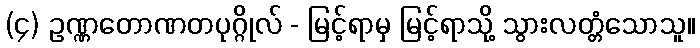
(၄) ဥဏ္ဏတောဏတပုဂ္ဂိုလ် - မြင့်ရာမှ မြင့်ရာသို့ သွားလတ္တံသောသူ။